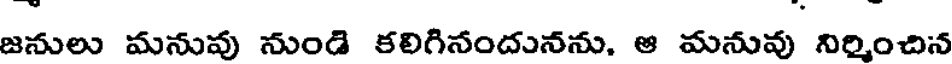
జనులు మనువు నుండి కలిగినందునను, ఆ మనువు నిర్మించిన